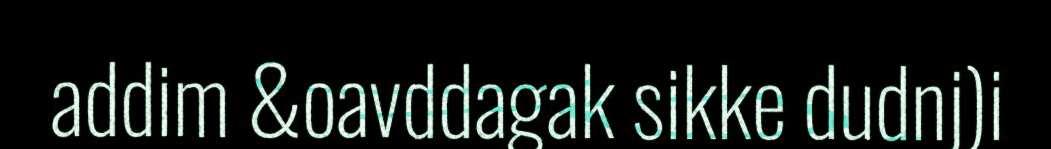
addim &oavddagak sikke dudnj)i